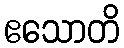
ဧသောတိ